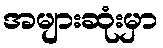
အများဆုံးမှာ